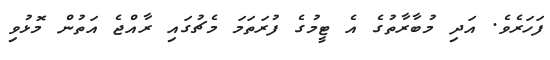
ފަހަރެވެ. އަދި މުބާރާތުގެ އެ ޓީމުގެ ފުރަތަމަ މެޗުގައި ރާއްޖެ އަތުން މޮޅުވި